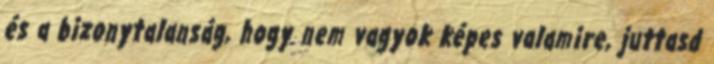
és a bizonytalanság, hogy nem vagyok képes valamire, juttasd